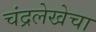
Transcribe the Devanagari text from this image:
चंद्रलेखेचा